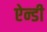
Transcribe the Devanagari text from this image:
ऐन्डी